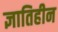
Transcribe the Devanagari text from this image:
ज्ञातिहीन